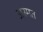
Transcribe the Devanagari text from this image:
अस्मत